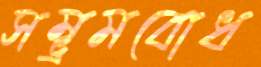
সম্ভ্রমবোধ